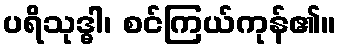
ပရိသုဒ္ဓါ၊ စင်ကြယ်ကုန်၏။